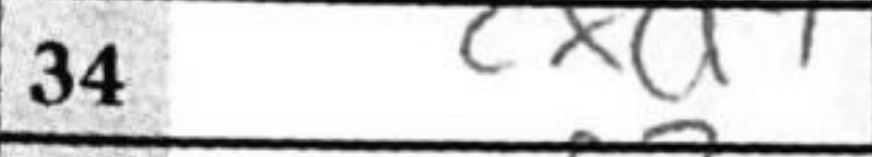
Transcription: cxd4